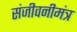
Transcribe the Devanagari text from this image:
संजीवनीमंत्र